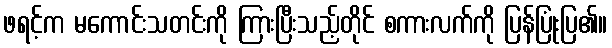
ဖရင့်က မကောင်းသတင်းကို ကြားပြီးသည့်တိုင် စကားလက်ကို ပြန်ပြုံးပြ၏။